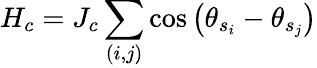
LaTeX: H_{c}=J_{c}\sum_{(i,j)}\cos\left(\theta_{s_{i}}-\theta_{s_{j}}\right)